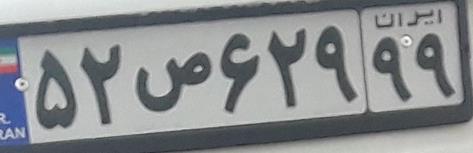
۵۲ص۶۲۹۹۹